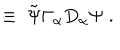
\; \equiv \; { \tilde { \Psi } } \Gamma _ { \alpha } D _ { \alpha } \Psi \; .